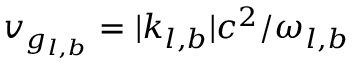
v _ { g _ { l , b } } = \vert k _ { l , b } \vert c ^ { 2 } / \omega _ { l , b }